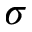
\boldsymbol { \sigma }